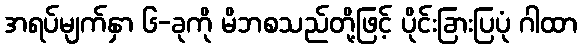
အရပ်မျက်နှာ ၆-ခုကို မိဘစသည်တို့ဖြင့် ပိုင်းခြားပြပုံ ဂါထာ